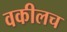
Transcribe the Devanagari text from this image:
वकीलच